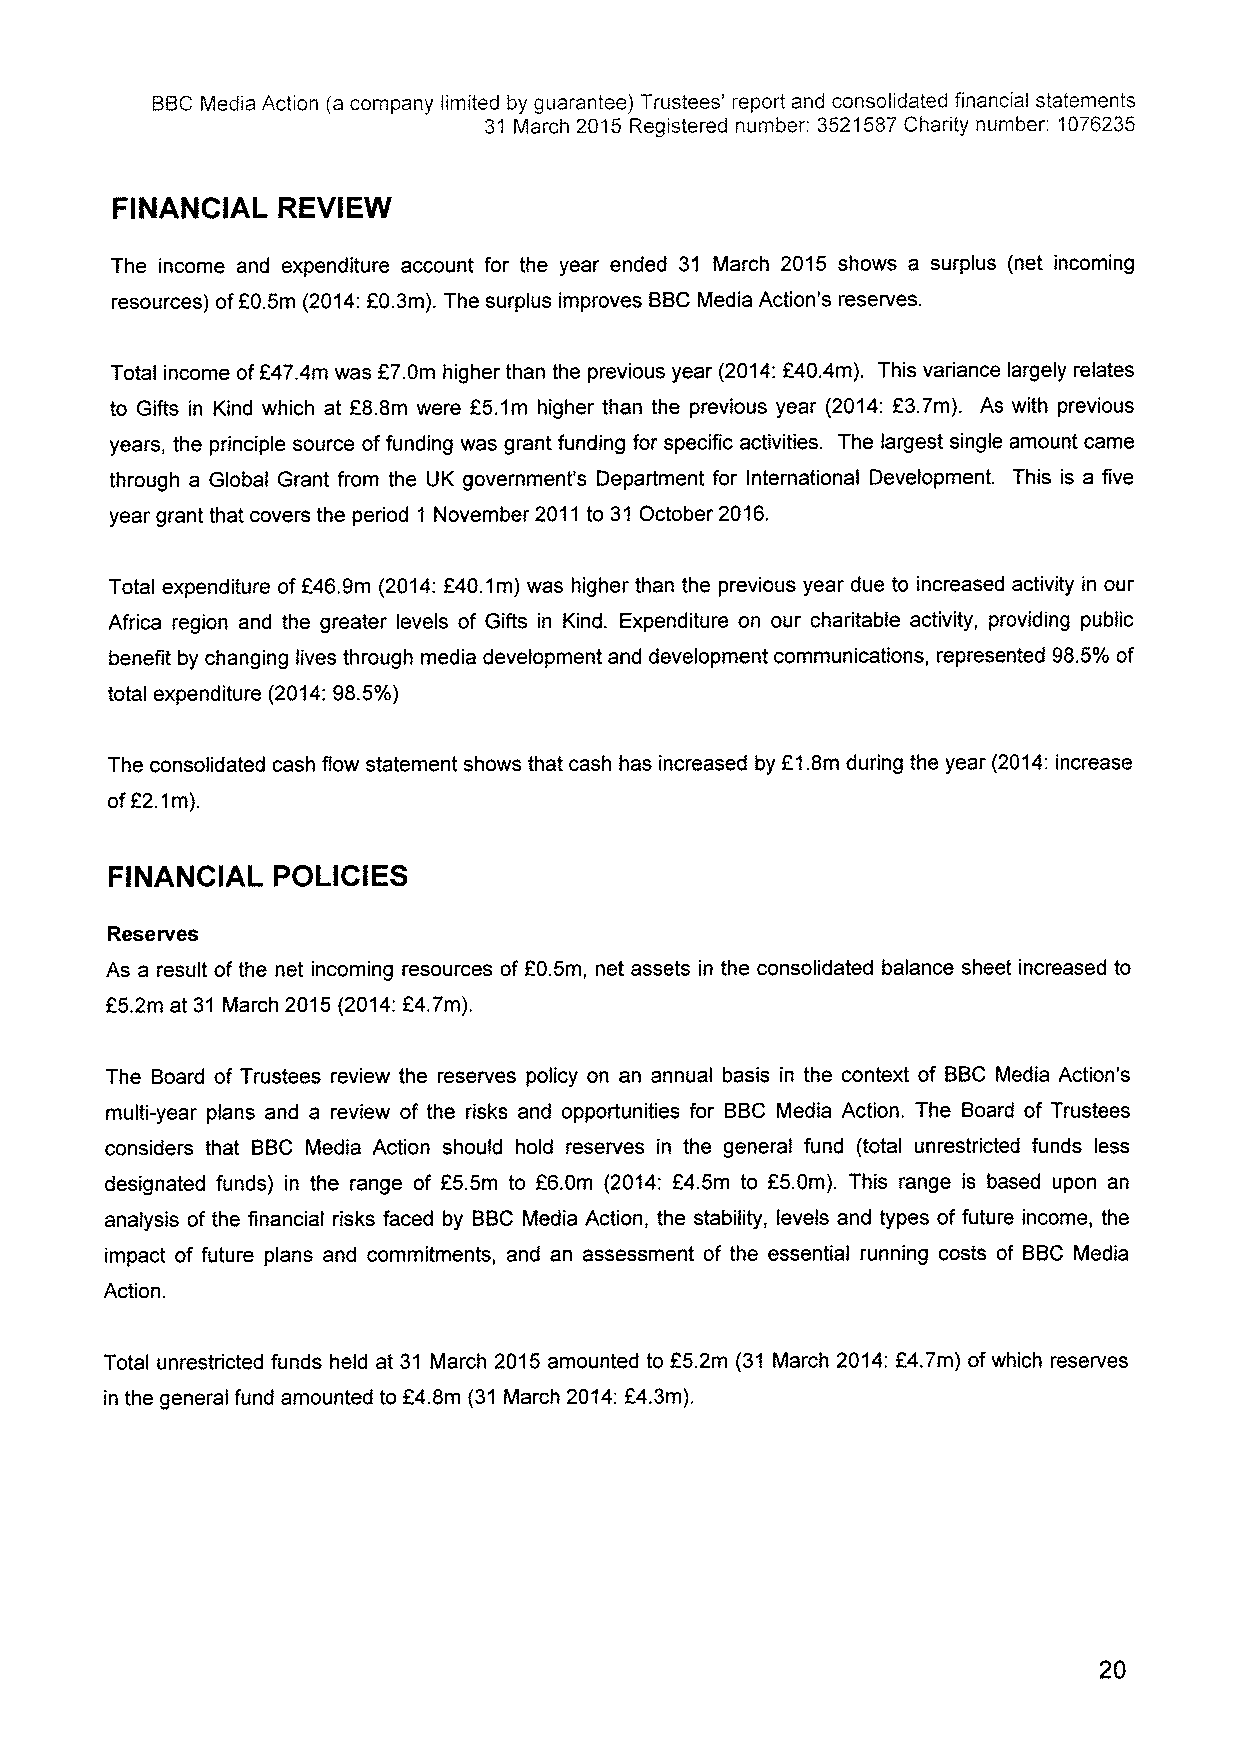
BBCMedia Action (a company limited by guarantee) Trustees' report and consolidated financial statements
 31 March 2015 Registered number: 3521587Charity number: 'I076235
 FINANCIAL  REVIEW
 The income and expenditure account for the year ended 31 March 2015 shows a surplus (net incoming
 f
 resources) of 0.5m (2014:E0.3m). The surplus improves BBCMedia Action's reserves.
 Total income of247.4m was E7.0m higher than the previous year (2014:f40.4m). This variance largely relates
 to Gifts in Kind which at E8.8m were E5.1m higher than the previous year (2014:E3.7m). As with previous
 years, the principle source offunding was grant funding for specific activities. The largest single amount came
 through a Global Grant from the UK government's Department for International Development. This is a five
 year grant that covers the period 1 November 2011to 31 October 2016.
 Total expenditure off46.9m (2014:f40.1m) was higher than the previous year due to increased activity in our
 Africa region and the greater levels of Gifts in Kind. Expenditure on our charitable activity, providing public
 benefit by changing lives through media development and development communications, represented 98.5%of
 total expenditure (2014:98.5%)
 The consolidated cash flow statement shows that cash has increased by E1.8m during the year (2014:increase
 ofE2.1m).
 FINANCIAL  POLICIES
 Reserves
 As a result of the net incoming resources of E0.5m, net assets in the consolidated balance sheet increased to
 f
 5.2m at 31 March 2015(2014:E4.7m).
 The Board of Trustees review the reserves policy on an annual basis in the context of BBC Media Action's
 multi-year plans and a review of the risks and opportunities for BBC Media Action. The Board of Trustees
 considers that BBC Media Action should hold reserves in the general fund (total unrestricted funds less
 designated funds) in the range of f5.5m to E6.0m (2014: E4.5m to f5.0m). This range is based upon an
 analysis of the financial risks faced by BBC Media Action, the stability, levels and types of future income, the
 impact of future plans and commitments, and an assessment of the essential running costs of BBC Media
 Action.
 Total unrestricted funds held at 31 March 2015amounted to E5.2m (31 March 2014:E4.7m) ofwhich reserves
 in the general fund amounted to E4.8m (31 March 2014:E4.3m).
 20